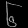
Digit: ၆